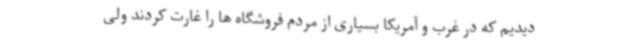
دیدیم که در غرب و آمریکا بسیاری از مردم فروشگاه ها را غارت کردند ولی